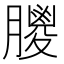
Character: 𦡙